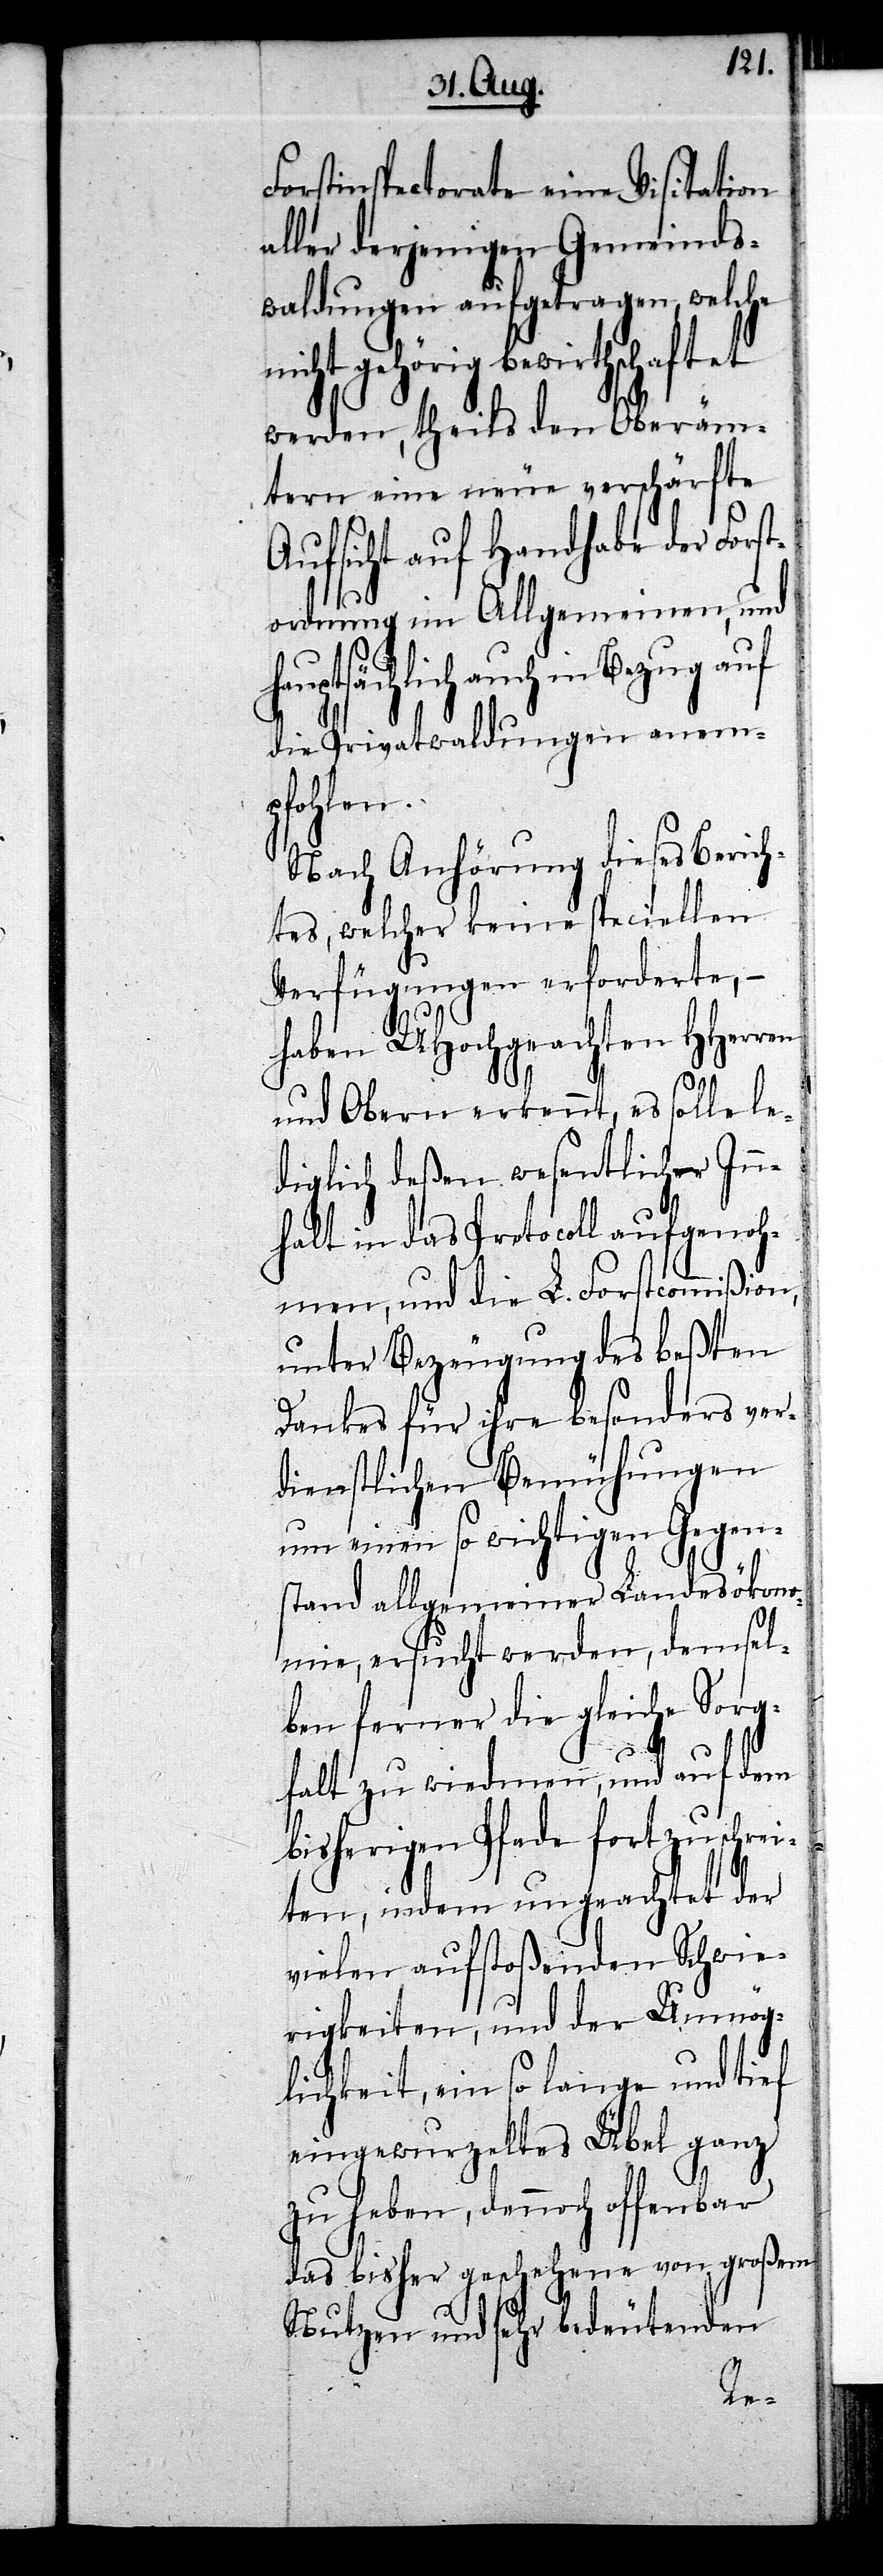
Forstinspectorate eine Visitation
aller derjenigen Gemeinds¬
waldungen aufgetragen, welche
gehörig bewirthschaftet
werden, theils den Oberäm¬
tern eine neue verschärfte
Aufsicht auf Handhabe der Forst¬
ordnung im Allgemeinen, und
hauptsächlich auch in
die Privatwaldungen anem¬
pfohlen.
Nach Anhörung dieses Berich¬
tes, welcher keine speciellen
Verfügungen erforderte, –
haben UHochgeachten HHerren
und Obern erkennt, es solle le¬
diglich deßen wesentlicher Inn¬
halt in das Protocoll aufgenoh¬
men, und die L. Forstcommißion,
unter Bezeugung des beßten
Dankes für ihre besonders ver¬
dienstlichen Bemühungen
um einen so wichtigen Gegen¬
stand allgemeiner Landesökono¬
mie, ersucht werden, demsel¬
ben ferner die gleiche Sorg¬
falt zu wiedmen und auf dem
bisherigen Pfade fort zu schre¬
iten, indem ungeachtet der
vielen aufstoßenden Schwie¬
rigkeiten, und der Unmög¬
lichkeit, ein so lange und tief
eingewurzeltes Übel ganz
zu heben, dennoch offenbar
das bisher geschehene von großem
Nutzen und sehr bedeutenden